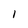
Character: I